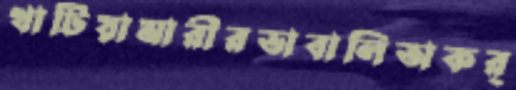
খাটিয়ামারীরভাবালিঅকর্